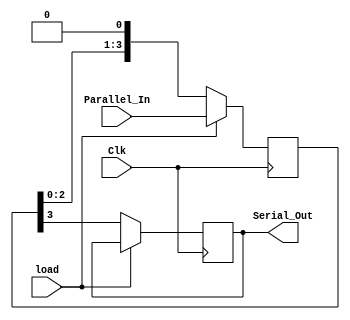
module Shiftregister_PISO(
  input Clk,            // Clock input
  input [3:0] Parallel_In, // Parallel input data
  input load,           // Load control signal
  output reg Serial_Out  // Serial output data
);
  reg [3:0] tmp;          // Shift register storage

  always @(posedge Clk) begin
    if (load)             // Check if load is active
      tmp <= Parallel_In; // Load parallel data into shift register
    else
      begin
        Serial_Out <= tmp[3]; // Output the most significant bit serially
        tmp <= {tmp[2:0], 1'b0}; // Shift data to the left
      end
  end
endmodule